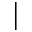
\mid